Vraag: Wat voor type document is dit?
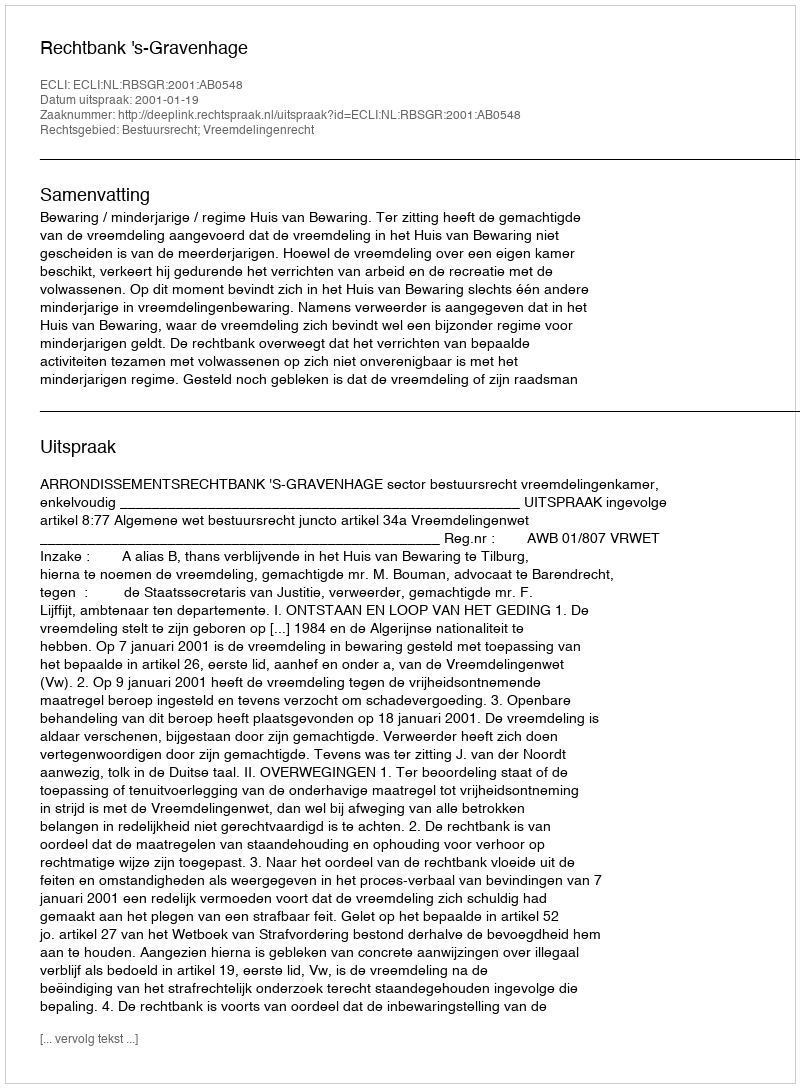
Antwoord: Uitspraak